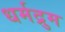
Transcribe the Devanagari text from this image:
धर्मद्रुम